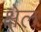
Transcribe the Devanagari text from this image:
क्षेल